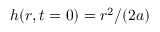
h ( r , t = 0 ) = r ^ { 2 } / ( 2 a )